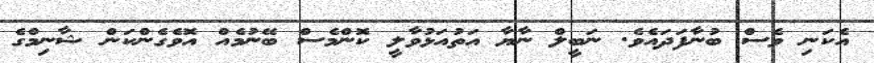
އެކަނި ވެސް ބުނާފަދައެވެ. ނަބީލް ނާޔާ އަތުއަޅުވާލީ ކޮންމެސް ބޭނުމެއް އޮވެގެންކަން ޝާނިމްގެ